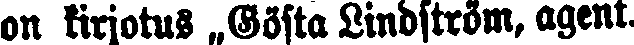
on kirjotus „Gösta Lindström, agent.